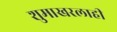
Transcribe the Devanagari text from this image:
शुमाखरलाही